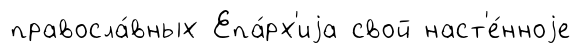
правосла́вных Епа́рх'иjа свой наст'е́нноjе